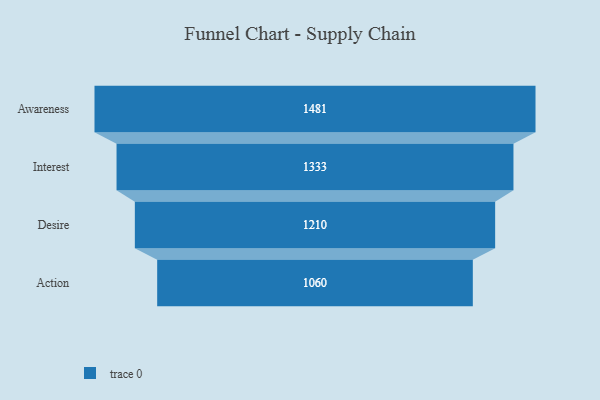
{"axis": {"x": "Stage", "y": "Value"}, "legend": [""], "data": [{"x": "Awareness", "y": 1481.0, "type": ""}, {"x": "Interest", "y": 1333.0, "type": ""}, {"x": "Desire", "y": 1210.0, "type": ""}, {"x": "Action", "y": 1060.0, "type": ""}]}